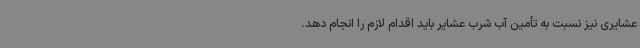
عشایری نیز نسبت به تأمین آب شرب عشایر باید اقدام لازم را انجام دهد.